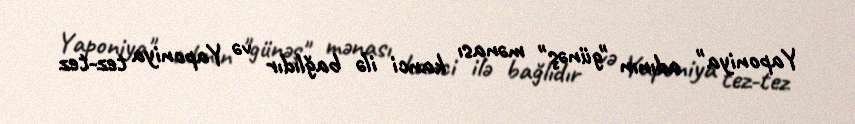
Yaponiya" adının "günəş" mənası kanci ilə bağlıdır və Yaponiya tez-tez